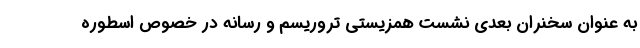
به عنوان سخنران بعدی نشست همزیستی تروریسم و رسانه در خصوص اسطوره